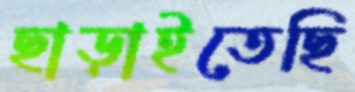
ছাড়াইতেছি